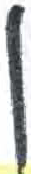
אות: ו